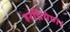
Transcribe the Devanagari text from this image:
हरप्रियेण।